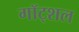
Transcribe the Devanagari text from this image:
गॉट्शल